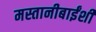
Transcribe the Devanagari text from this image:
मस्तानीबाईंशी